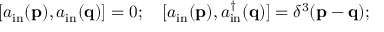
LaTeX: [ a _ { \mathrm { i n } } ( \mathbf { p } ) , a _ { \mathrm { i n } } ( \mathbf { q } ) ] = 0 ; \quad [ a _ { \mathrm { i n } } ( \mathbf { p } ) , a _ { \mathrm { i n } } ^ { \dagger } ( \mathbf { q } ) ] = \delta ^ { 3 } ( \mathbf { p } - \mathbf { q } ) ;